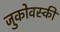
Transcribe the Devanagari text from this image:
जुकोवस्की